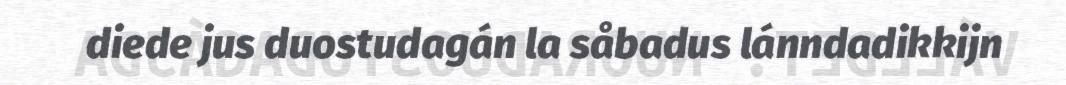
diede jus duostudagán la såbadus lánndadikkijn